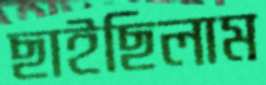
ছাইছিলাম